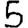
Digit: 5